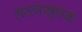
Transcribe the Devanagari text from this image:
तत्त्वसूचक